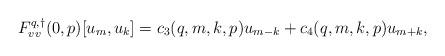
LaTeX: \begin{align*}F^{q,\dagger}_{vv}(0,p)[u_m, u_k] &= c_3(q,m,k,p) u_{m-k} + c_4(q,m,k,p) u_{m+k},\end{align*}